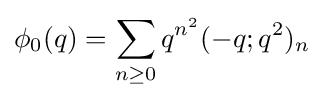
\phi _{0}(q)=\sum _{n\geq 0}{q^{n^{2}}(-q;q^{2})_{n}}